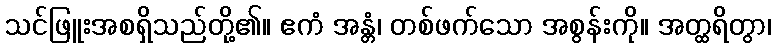
သင်ဖြူးအစရှိသည်တို့၏။ ဧကံ အန္တံ၊ တစ်ဖက်သော အစွန်းကို။ အတ္ထရိတွာ၊